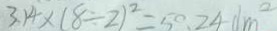
3 . 1 4 \times ( 8 \div 2 ) ^ { 2 } = 5 0 . 2 4 d m ^ { 2 }